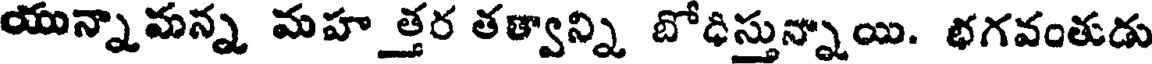
యున్నామన్న మహత్తర తత్వాన్ని బోధిస్తున్నాయి. భగవంతుడు